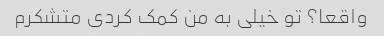
واقعا؟ تو خیلی به من کمک کردی متشکرم